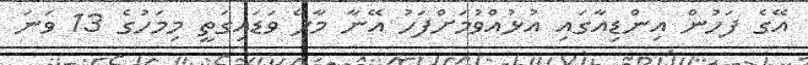
އޭގެ ފަހުން އިންޑިއާގައި އުޅުއްވުމަށްފަހު އޭނާ މާލޭ ވަޑައިގަތީ މިމަހުގެ 13 ވަނަ